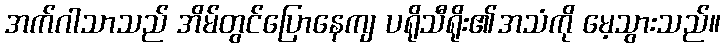
အက်ဂါသာသည် အိမ်တွင်ပြောနေကျ ပရိုသီရိုး၏အသံကို မေ့သွားသည်။